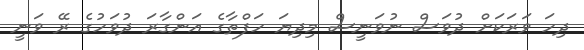
ދިހަ ވަރަކަށް ދުވަސް ނުވަނީސް މިދިޔަ ހަފްތާގެ އަންގާރަ ދުވަހުގެ ރޭ ވަނީ